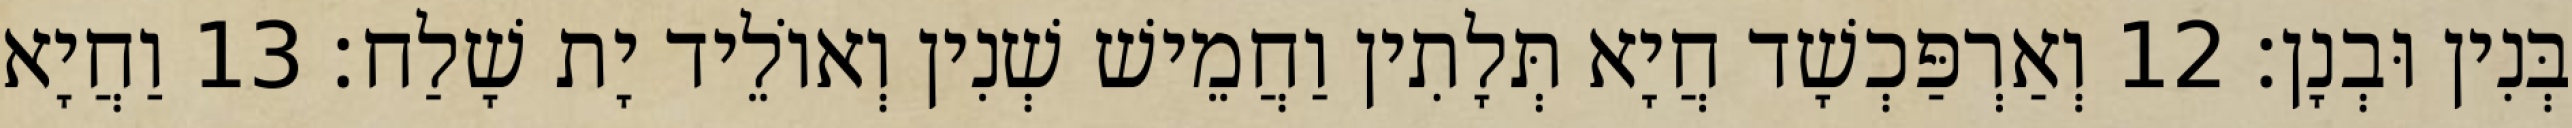
בְּנִין וּבְנָן׃ 12 וְאַרְפַּכְשָׁד חֲיָא תְּלָתִין וַחֲמֵישׁ שְׁנִין וְאוֹלֵיד יָת שָׁלַח׃ 13 וַחֲיָא